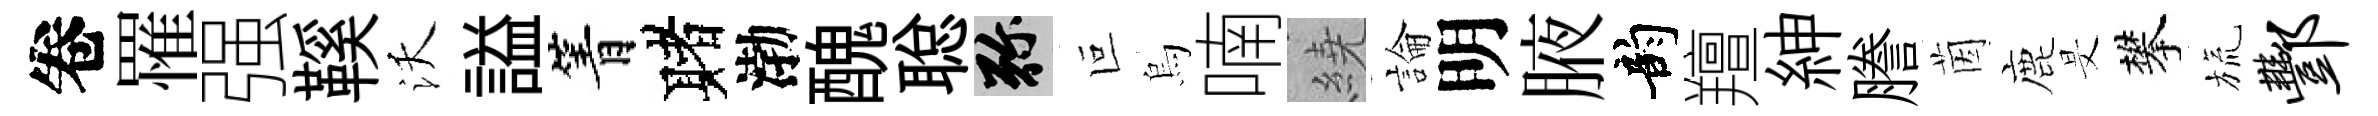
卷罹强鞵沃謚箐赌渤醜聪弥叵烏喃繞論明腋韵羶紳謄茵鹿旻攀旒酆